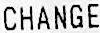
CHANGE